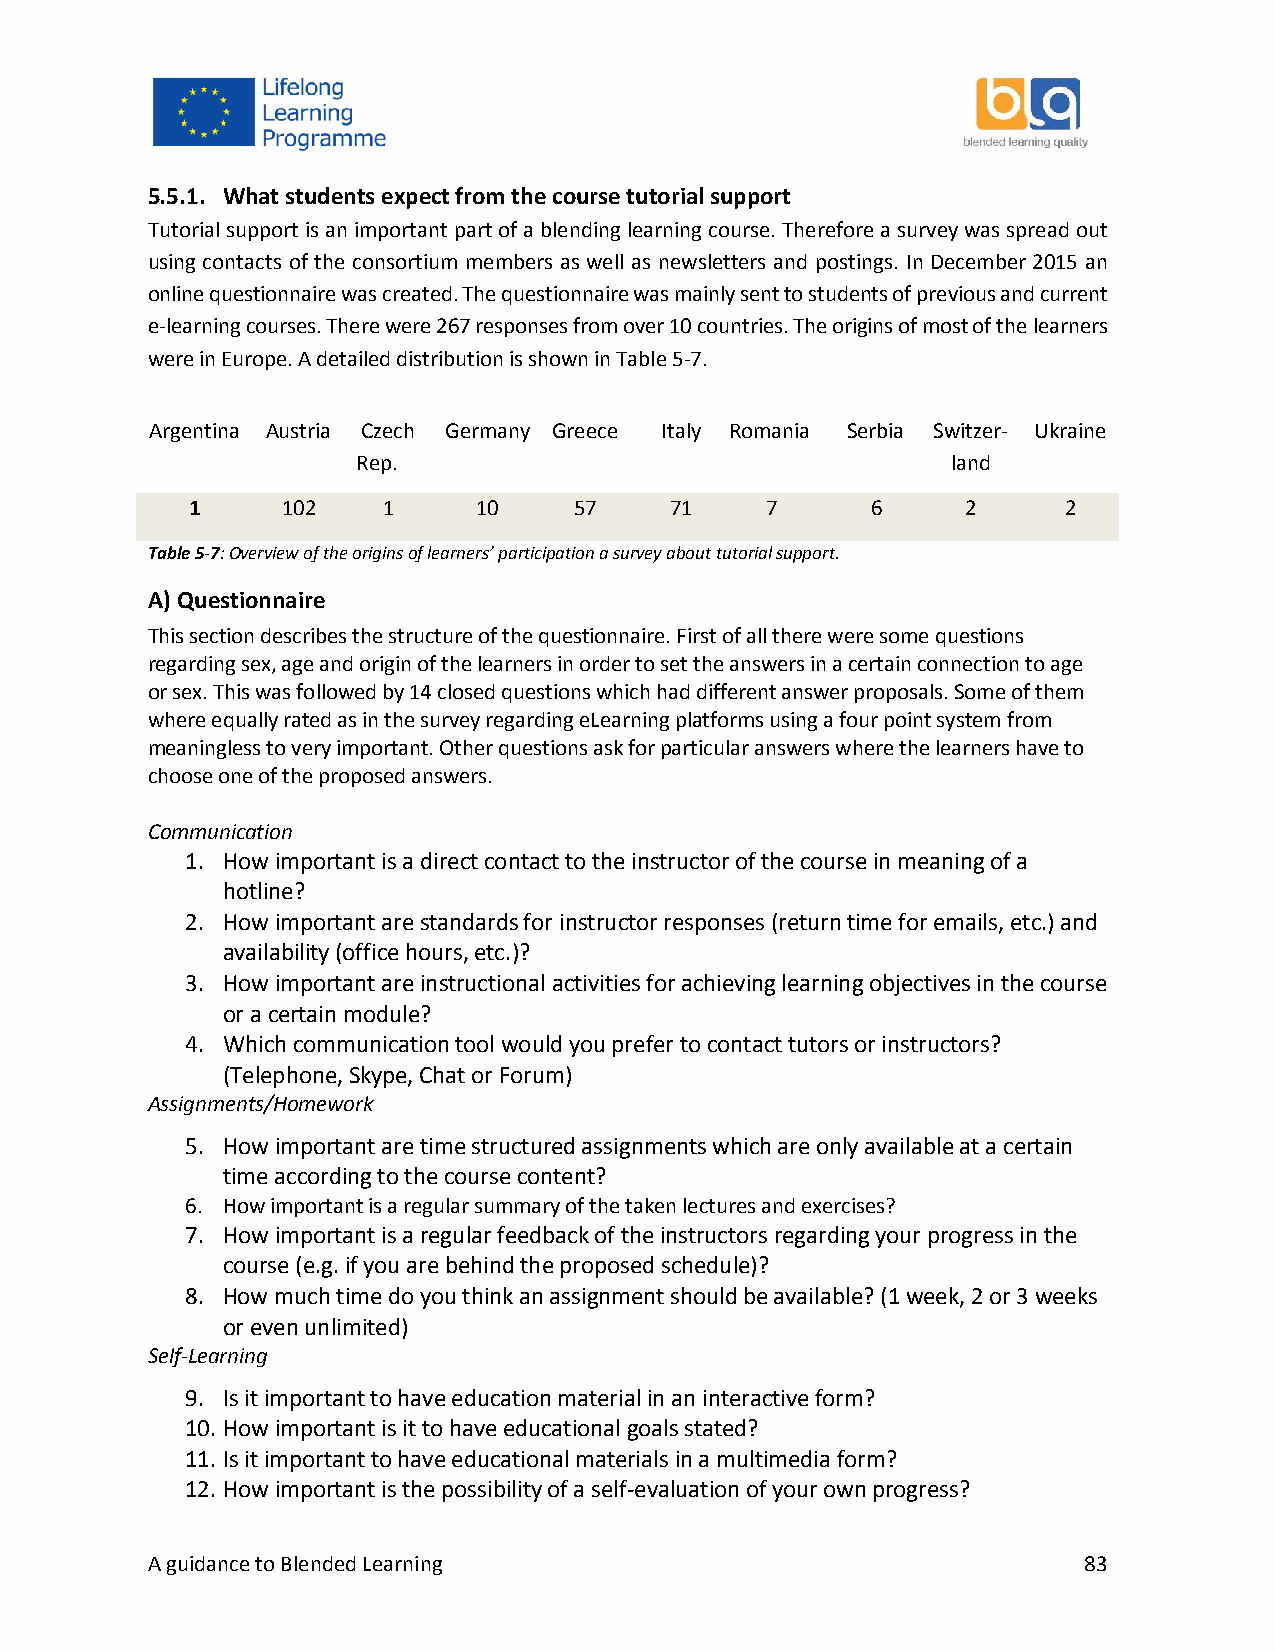
5.5.1. What students expect from the course tutorial support
 Tutorial support is an important part of a blending learning course. Therefore a survey was spread out
 using contacts of the consortium members as well as newsletters and postings. In December 2015 an
 online questionnaire was created. The questionnaire was mainly sent to students of previous and current
 e-learning courses. There were 267 responses from over 10 countries. The origins of most of the learners
 were in Europe. A detailed distribution is shown in Table 5-7.
 Argentina Austria Czech Germany Greece Italy Romania Serbia Switzer- Ukraine
 Rep.                                   land
 1      102   1      10    57    71     7      6     2      2
 Table 5-7: Overview of the origins of learners’ participation a survey about tutorial support.
 A) Questionnaire
 This section describes the structure of the questionnaire. First of all there were some questions
 regarding sex, age and origin of the learners in order to set the answers in a certain connection to age
 or sex. This was followed by 14 closed questions which had different answer proposals. Some of them
 where equally rated as in the survey regarding eLearning platforms using a four point system from
 meaningless to very important. Other questions ask for particular answers where the learners have to
 choose one of the proposed answers.
 Communication
 1. How important is a direct contact to the instructor of the course in meaning of a
 hotline?
 2. How important are standards for instructor responses (return time for emails, etc.) and
 availability (office hours, etc.)?
 3. How important are instructional activities for achieving learning objectives in the course
 or a certain module?
 4. Which communication tool would you prefer to contact tutors or instructors?
 (Telephone, Skype, Chat or Forum)
 Assignments/Homework
 5. How important are time structured assignments which are only available at a certain
 time according to the course content?
 6. How important is a regular summary of the taken lectures and exercises?
 7. How important is a regular feedback of the instructors regarding your progress in the
 course (e.g. if you are behind the proposed schedule)?
 8. How much time do you think an assignment should be available? (1 week, 2 or 3 weeks
 or even unlimited)
 Self-Learning
 9. Is it important to have education material in an interactive form?
 10. How important is it to have educational goals stated?
 11. Is it important to have educational materials in a multimedia form?
 12. How important is the possibility of a self-evaluation of your own progress?
 A guidance to Blended Learning                                83